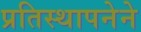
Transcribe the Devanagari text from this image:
प्रतिस्थापनेने